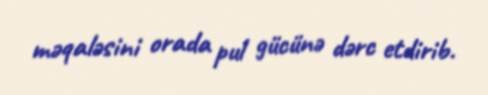
məqaləsini orada pul gücünə dərc etdirib.